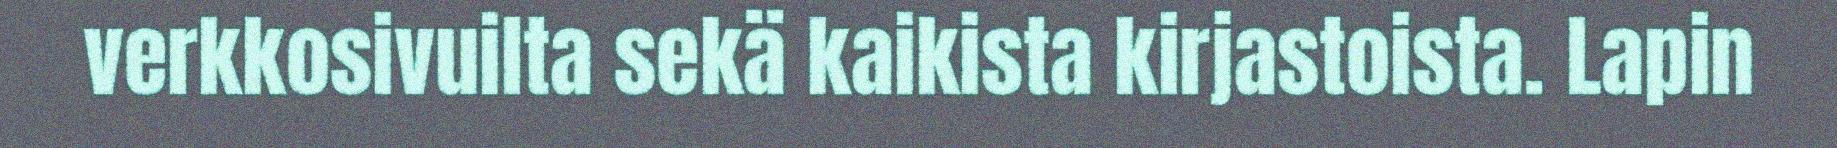
verkkosivuilta sekä kaikista kirjastoista. Lapin